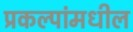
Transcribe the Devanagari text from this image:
प्रकल्पांमधील